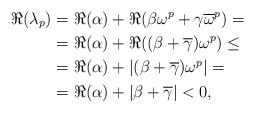
LaTeX: \begin{align*}\Re(\lambda_p)&=\Re(\alpha)+\Re(\beta\omega^p+\gamma\overline{\omega}^p)=\\&=\Re(\alpha)+\Re((\beta+\overline{\gamma})\omega^p)\leq\\&=\Re(\alpha)+|(\beta+\overline{\gamma})\omega^p|=\\&=\Re(\alpha)+|\beta+\overline{\gamma}|<0,\end{align*}